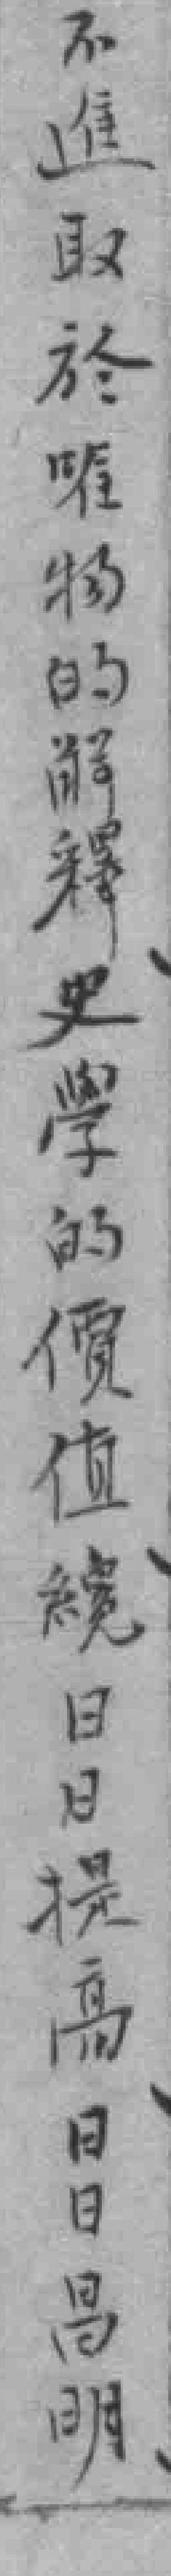
不進取於唯物的解釋史學的價值*日日提高日日昌明